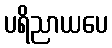
ပရိညာယပေ